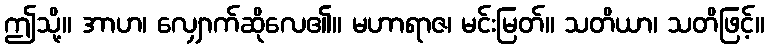
ဤသို့။ အာဟ၊ လျှောက်ဆိုလေ၏။ မဟာရာဇ၊ မင်းမြတ်။ သတိယာ၊ သတိဖြင့်။